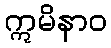
ဣမိနာဝ